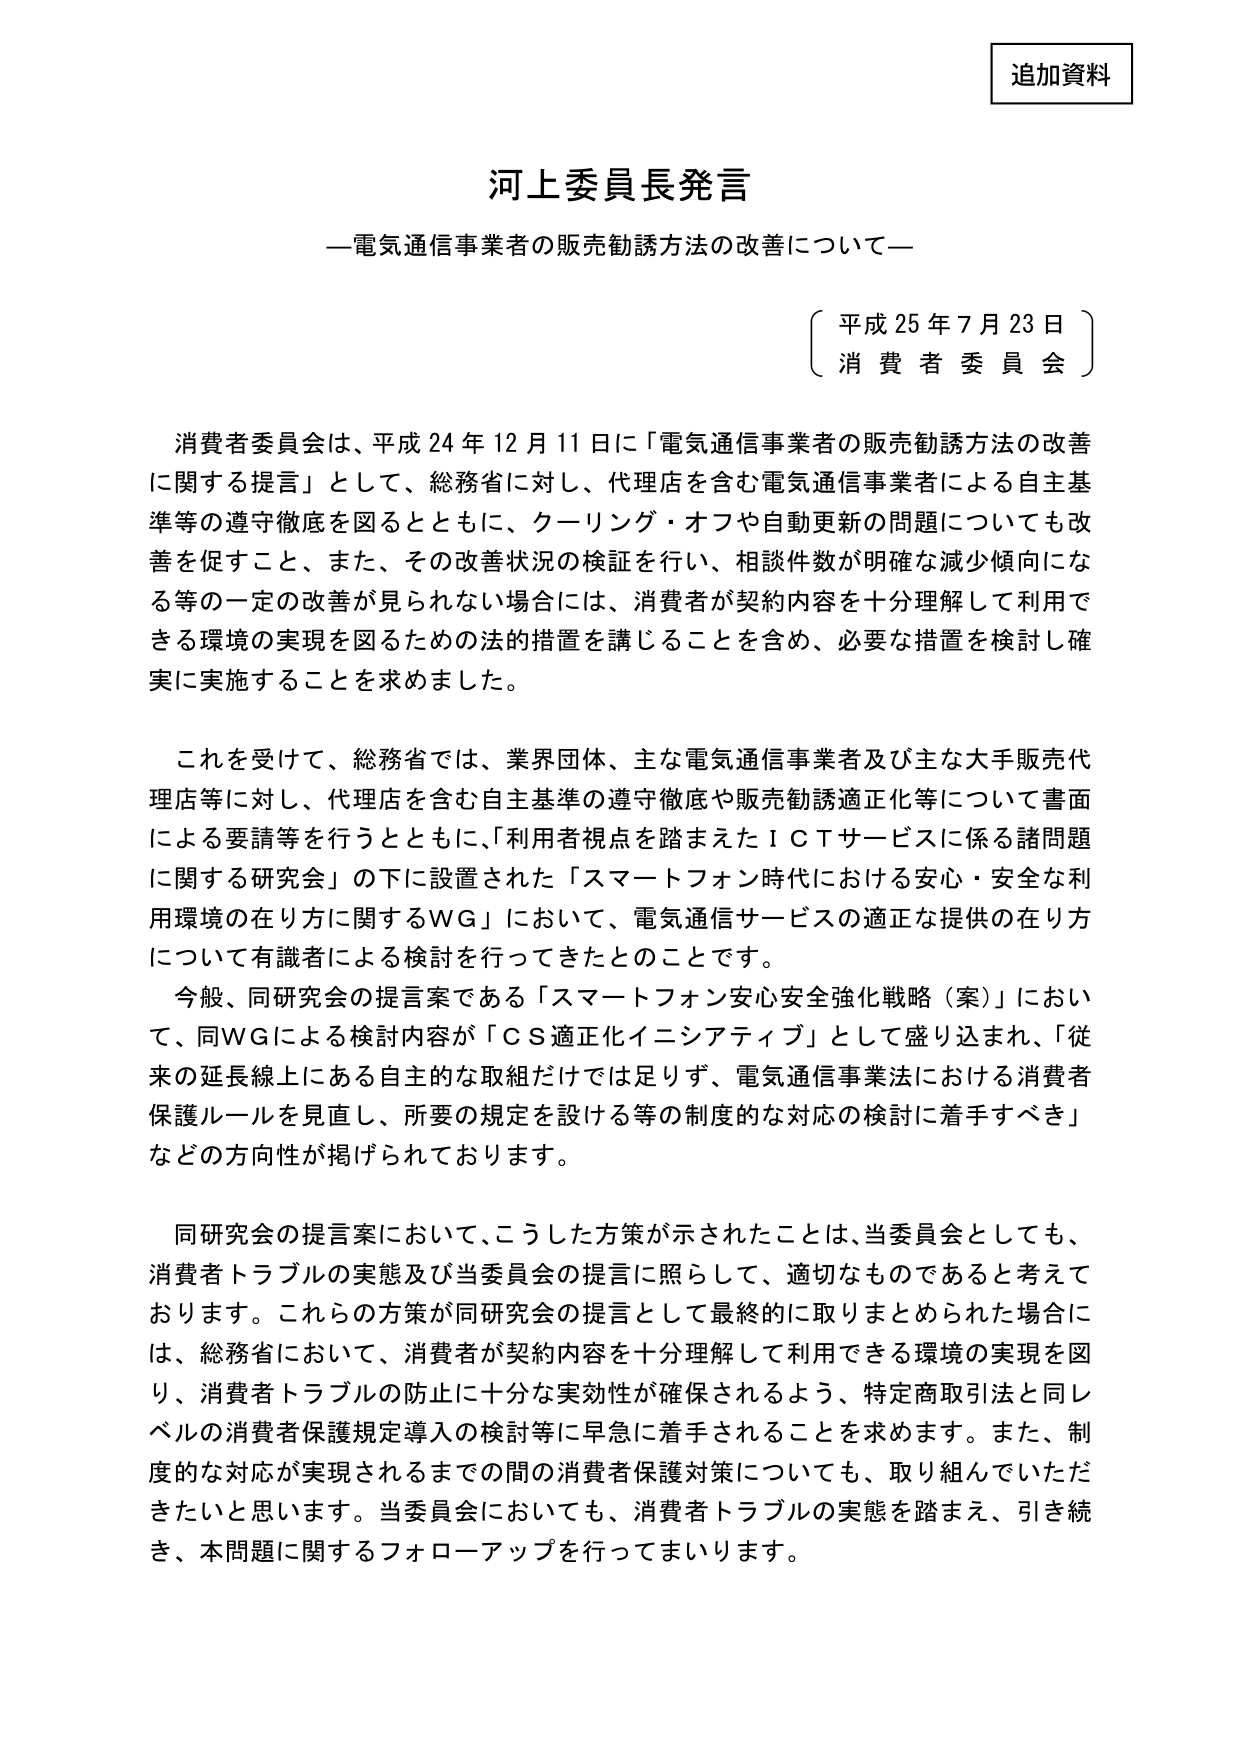
追加資料

河上委員長発言
—電気通信事業者の販売勧誘方法の改善について—

（平成25年7月23日）
（消費者委員会）

消費者委員会は、平成24年12月11日に「電気通信事業者の販売勧誘方法の改善に関する提言」として、総務省に対し、代理店を含む電気通信事業者による自主基準等の遵守徹底を図るとともに、クーリング・オフや自動更新の問題についても改善を促すこと、また、その改善状況の検証を行い、相談件数が明確な減少傾向になる等の一定の改善が見られない場合には、消費者が契約内容を十分理解して利用できる環境の実現を図るための法的措置を講じることを含め、必要な措置を検討し確実に実施することを求めました。

これを受けて、総務省では、業界団体、主な電気通信事業者及び主な大手販売代理店等に対し、代理店を含む自主基準の遵守徹底や販売勧誘適正化等について書面による要請等を行うとともに、「利用者視点を踏まえたＩＣＴサービスに係る諸問題に関する研究会」の下に設置された「スマートフォン時代における安心・安全な利用環境の在り方に関するＷＧ」において、電気通信サービスの適正な提供の在り方について有識者による検討を行ってきたとのことです。

今般、同研究会の提言案である「スマートフォン安心安全強化戦略（案）」において、同ＷＧによる検討内容が「ＣＳ適正化イニシアティブ」として盛り込まれ、「従来の延長線上にある自主的な取組だけでは足りず、電気通信事業法における消費者保護ルールを見直し、所要の規定を設ける等の制度的な対応の検討に着手すべき」などの方向性が掲げられております。

同研究会の提言案において、こうした方策が示されたことは、当委員会としても、消費者トラブルの実態及び当委員会の提言に照らして、適切なものであると考えております。これらの方策が同研究会の提言として最終的に取りまとめられた場合には、総務省において、消費者が契約内容を十分理解して利用できる環境の実現を図り、消費者トラブルの防止に十分な実効性が確保されるよう、特定商取引法と同じレベルの消費者保護規定導入の検討等に早急に着手されることを求めます。また、制度的な対応が実現されるまでの間の消費者保護対策についても、取り組んでいただきたいと思います。当委員会においても、消費者トラブルの実態を踏まえ、引き続き、本問題に関するフォローアップを行ってまいります。